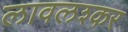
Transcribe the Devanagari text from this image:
लावलश्कर